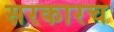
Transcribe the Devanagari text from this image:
सरकारच